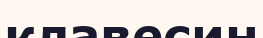
клавесин